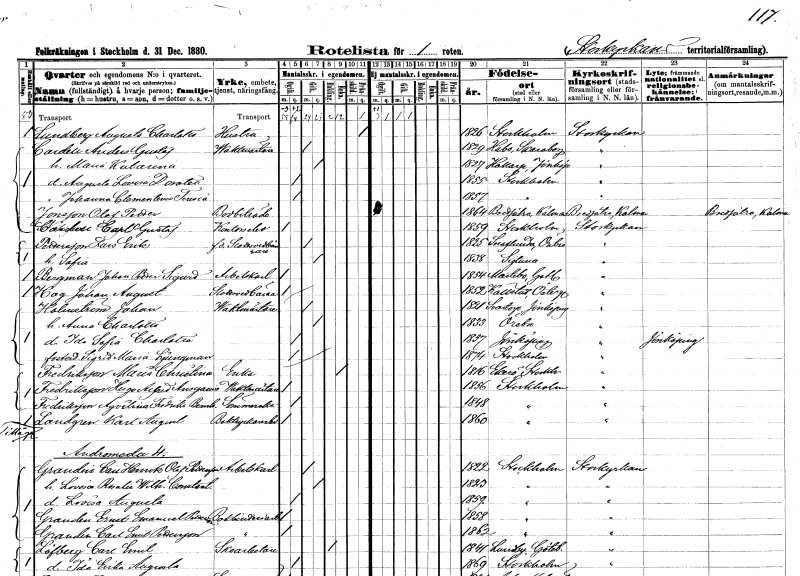
gt_parse: households: individuals: FN: Augusta Charlotta
EN: Lundberg
YRKE: Hustru
KON: K
CIV: X
FODAR: 1826
FODFORS: Stockholm
FN: Anders Gustaf
EN: Cardell
YRKE: Vaktmästare
KON: M
CIV: G
FODAR: 1829
FODFORS: Habo Skaraborgs län
FN: Maria Katarina
KON: K
CIV: G
FODAR: 1827
FODFORS: Hakarp Jönköpings län
FN: Augusta Lovisa Dorotea
KON: K
CIV: O
FODAR: 1855
FODFORS: Stockholm
FN: Johanna Clementine Terecia
KON: K
CIV: O
FODAR: 1857
FODFORS: Stockholm
FN: Olof Petter
EN: Jonsson
YRKE: Bodbiträde
KON: M
CIV: O
FODAR: 1864
FODFORS: Bredsätra Kalmar län
FN: Carl Gustaf
EN: Carlsson
YRKE: Kontorselev
KON: M
CIV: O
FODAR: 1859
FODFORS: Stockholm
FN: Lars Erik
EN: Pettersson
YRKE: Slottsvedbärare f.d.
KON: M
CIV: G
FODAR: 1825
FODFORS: Snavlunda Örebro län
FN: Sofia
KON: K
CIV: G
FODAR: 1838
FODFORS: Sigtuna Stockholms län
FN: Johan Petter Sigurd
EN: Bergman
YRKE: Arbetskarl
KON: M
CIV: O
FODAR: 1854
FODFORS: Martebo Gotlands län
FN: Johan August
EN: Hag
YRKE: Slottsvedbärare
KON: M
CIV: O
FODAR: 1852
FODFORS: Källstad Östergötlands län
FN: Johan
EN: Holmström
YRKE: Vaktmästare
KON: M
CIV: G
FODAR: 1821
FODFORS: Svarttorp Jönköpings län
FN: Anna Charlotta
KON: K
CIV: G
FODAR: 1833
FODFORS: Örebro Örebro län
FN: Ida Sofia Charlotta
KON: K
CIV: O
FODAR: 1857
FODFORS: Jönköping Jönköpings län
FN: Maria
EN: Ljungman
KON: K
CIV: O
FODAR: 1874
FODFORS: Stockholm
FN: Maria Christina
EN: Fredriksson
YRKE: Änka
KON: K
CIV: E
FODAR: 1816
FODFORS: Ekerö Stockholms län
FN: Hugo Alfred Ansgarius
EN: Fredriksson
YRKE: Vaktmästare
KON: M
CIV: O
FODAR: 1856
FODFORS: Stockholm
FN: Aqvilina Fredrika Bernhardina
EN: Fredriksson
YRKE: Sömmerska
KON: K
CIV: O
FODAR: 1848
FODFORS: Stockholm
FN: Karl August
EN: Landgren
YRKE: Boktryckeriarbetare
KON: M
CIV: O
FODAR: 1860
FODFORS: Stockholm
FN: Carl Henrik Olof
EN: Granden Pettersson
YRKE: Arbetskarl
KON: M
CIV: G
FODAR: 1822
FODFORS: Stockholm
FN: Lovisa Rosalie Wilhelmina Constantia
KON: K
CIV: G
FODAR: 1823
FODFORS: Stockholm
FN: Lovisa Augusta
KON: K
CIV: O
FODAR: 1859
FODFORS: Stockholm